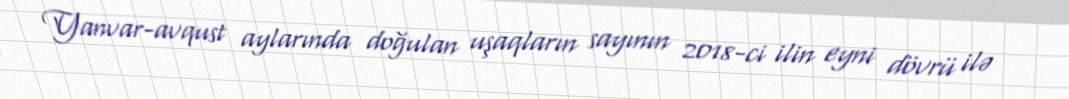
Yanvar-avqust aylarında doğulan uşaqların sayının 2018-ci ilin eyni dövrü ilə